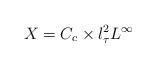
LaTeX: \begin{align*} X= C_c\times l^2_\tau L^\infty \end{align*}